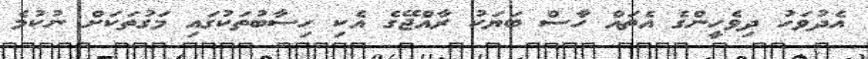
އެދުވަހު ދިވެހީންގެ އެތައް ހާސް ބަޔަކު ރާއްޖޭގެ އެކި ހިސާބުތަކުގައި މަގުތަކަށް ނުކުމެ